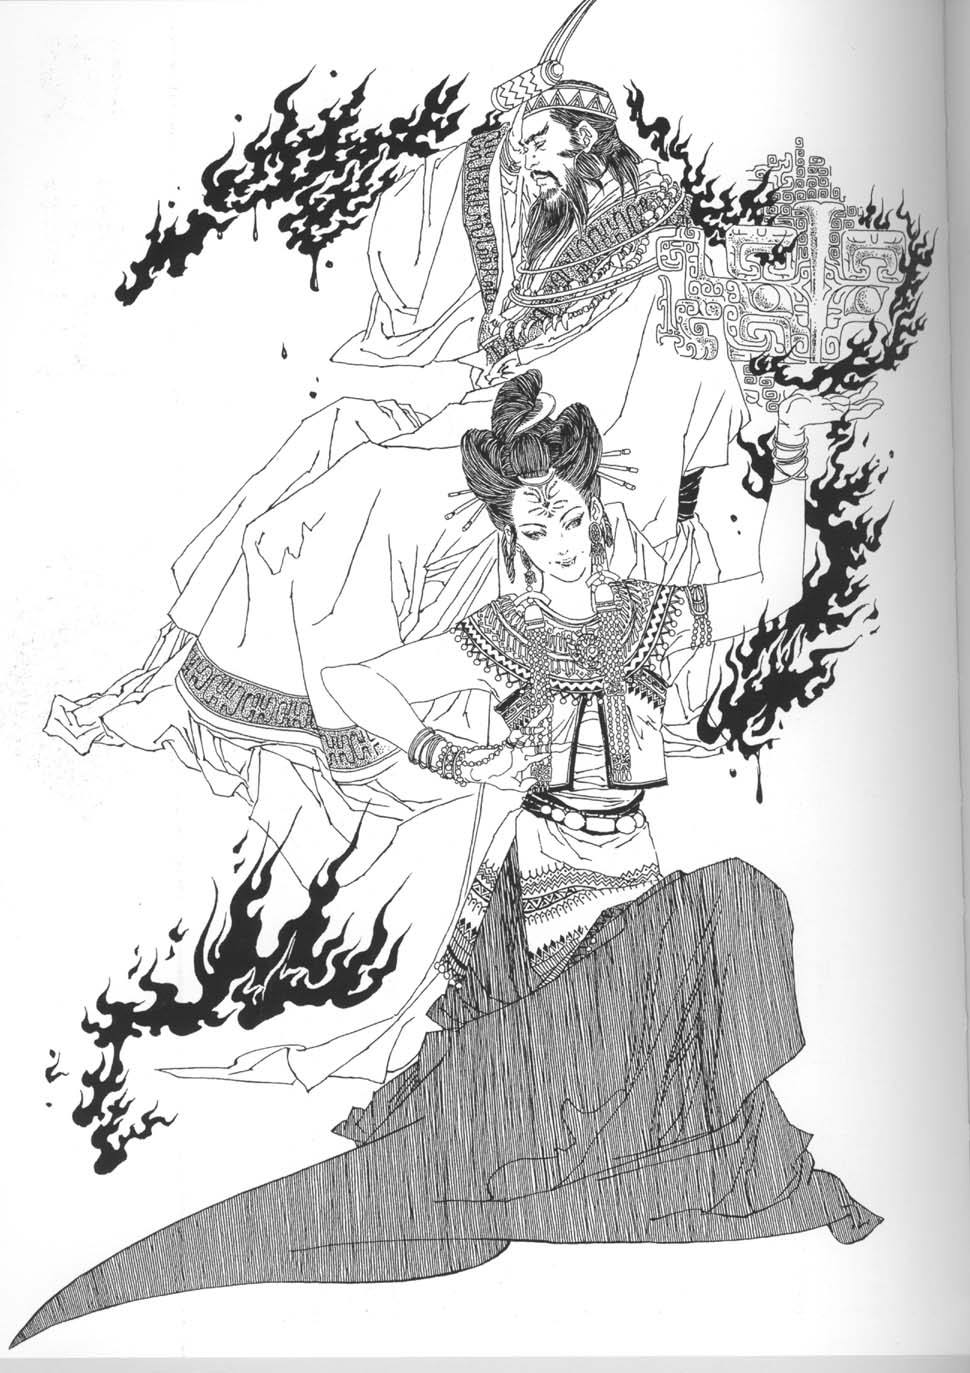
智足以拒谏，言足以饰非